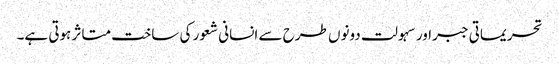
تحریماتی جبراور سہولت دونوں طرح سے انسانی شعور کی ساخت متاثر ہوتی ہے۔